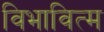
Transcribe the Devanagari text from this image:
विभावित्म